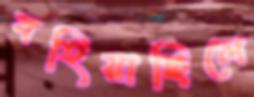
বহিয়াছিলে